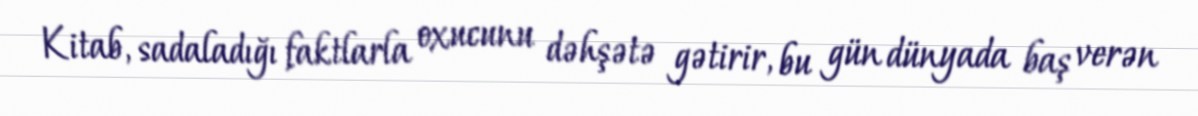
Kitab, sadaladığı faktlarla oxucunu dəhşətə gətirir, bu gün dünyada baş verən